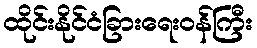
ထိုင်းနိုင်ငံခြားရေးဝန်ကြီး